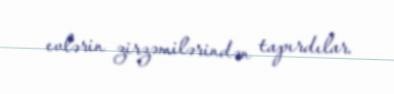
evlərin zirzəmilərindən tapırdılar.